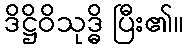
ဒိဋ္ဌိဝိသုဒ္ဓိ ပြီး၏။